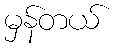
မှန်တယ်